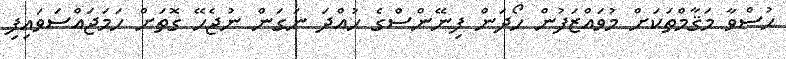
ހުސްވާ މަޤާމްތަކަށް މުވައްޒަފުން ހޯދަން ފިނޭންސްގެ ހުއްދަ ނަގަން ނުޖެހޭ ގޮތަށް ހަމަޖައްސަވައިފި